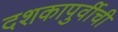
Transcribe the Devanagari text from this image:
दशकापुर्वीची